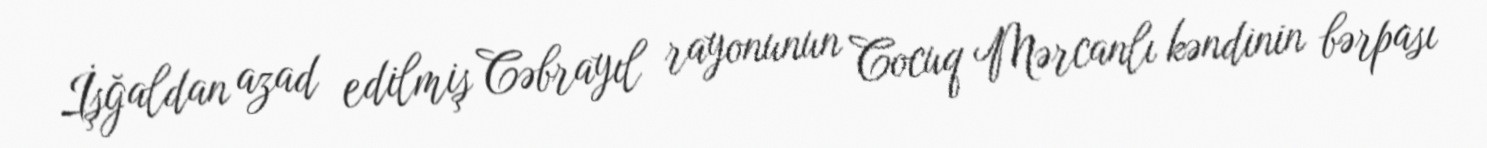
İşğaldan azad edilmiş Cəbrayıl rayonunun Cocuq Mərcanlı kəndinin bərpası